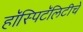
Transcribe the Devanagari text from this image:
हॉस्पिटॅलिटीचे